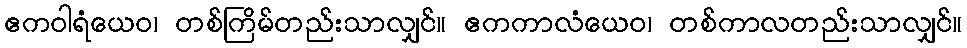
ဧကဝါရံယေဝ၊ တစ်ကြိမ်တည်းသာလျှင်။ ဧကကာလံယေဝ၊ တစ်ကာလတည်းသာလျှင်။